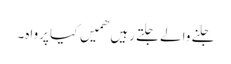
جلنے والے جلتے رہیں ھمیں کیا پرواہ۔